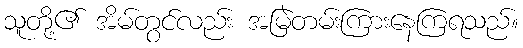
သူတို့၏ အိမ်တွင်လည်း အမြဲတမ်းကြားနေကြရသည်။